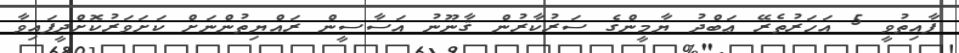
ފާއިތުވީ 5 އަހަރުތެރޭ ޢަބްދު ޔާމީންގެ ސަރުކާރުން ޤާނޫނު އަސާސީން ރައްޔިތުންނަށް ކަށަވަރުކޮށްދީފައިވާ